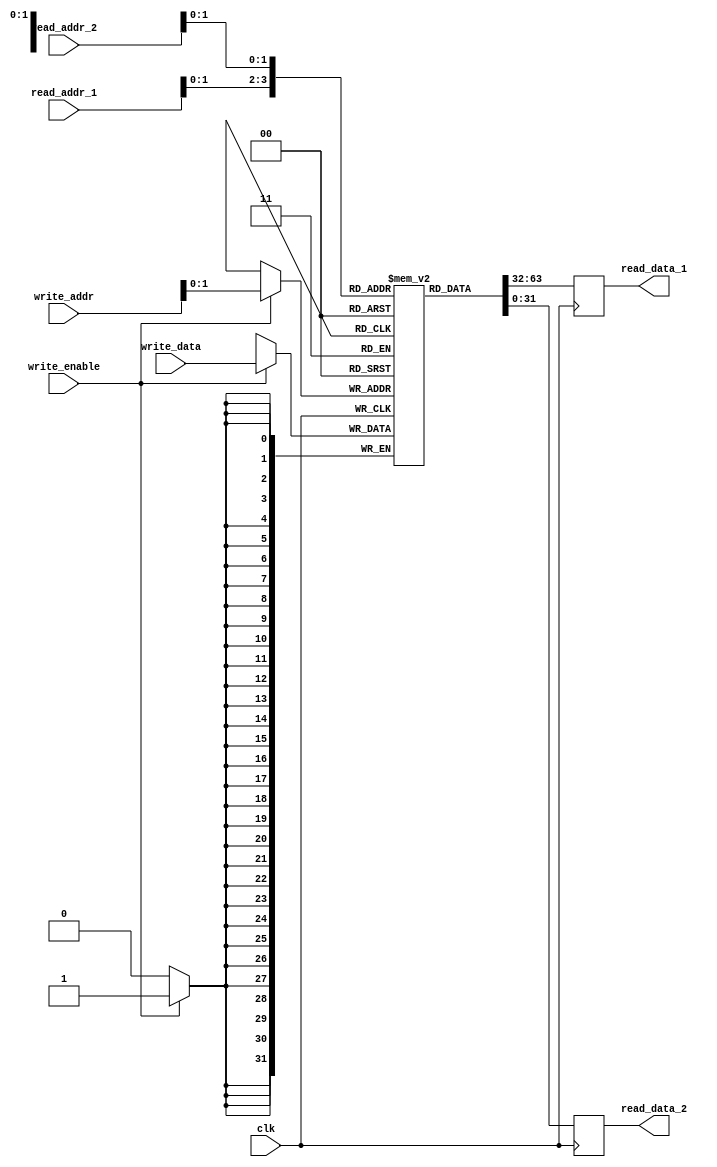
module multi_port_register_file(
    input wire clk,
    input wire [ADDRESS_WIDTH-1:0] read_addr_1,
    input wire [ADDRESS_WIDTH-1:0] read_addr_2,
    input wire [ADDRESS_WIDTH-1:0] write_addr,
    input wire [DATA_WIDTH-1:0] write_data,
    input wire write_enable,
    output reg [DATA_WIDTH-1:0] read_data_1,
    output reg [DATA_WIDTH-1:0] read_data_2
);

parameter ADDRESS_WIDTH = 8;
parameter DATA_WIDTH = 32;
parameter NUM_BLOCKS = 4;

reg [DATA_WIDTH-1:0] memory[NUM_BLOCKS-1:0];

always @(posedge clk) begin
    if (write_enable) begin
        memory[write_addr] <= write_data;
    end
    read_data_1 <= memory[read_addr_1];
    read_data_2 <= memory[read_addr_2];
end

endmodule